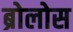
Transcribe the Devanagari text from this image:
ब्रोलोस